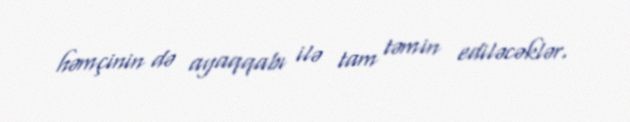
həmçinin də ayaqqabı ilə tam təmin ediləcəklər.